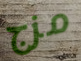
مزج